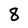
Character: 8